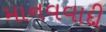
માનવવાદી